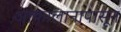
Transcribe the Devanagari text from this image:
आकालानापासून